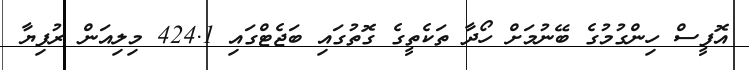
އޮފީސް ހިންގުމުގެ ބޭނުމަށް ހޯދާ ތަކެތީގެ ގޮތުގައި ބަޖެޓްގައި 424.1 މިލިއަން ރުފިޔާ